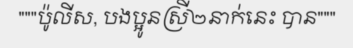
"""ប៉ូលីស, បងប្អូនស្រី២នាក់នេះ បាន"""